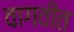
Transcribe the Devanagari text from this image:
वागवीत